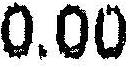
0.00